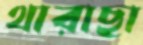
থারাছা